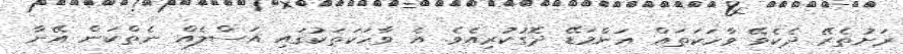
ރަށުތެރޭ ދެކެވޭ ވާހަކަތައް އަންމަޑޭ ދޮގުކުރިއެވެ. އެ ވާހަކަތަކުގައި އަސްލެއް ނެތްކަން އޭނާ